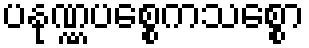
ပနုဏ္ဏပစ္စေကသစ္စော